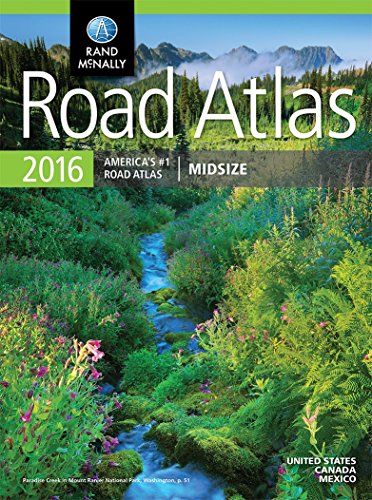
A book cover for Rand McNally 2016 Midsize Road Atlas (Rand Mcnally Road Atlas Midsize); Rand McNally; Reference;